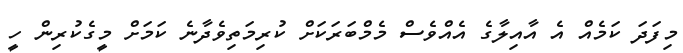
މިފަދަ ކަމެއް އެ އާއިލާގެ އެއްވެސް މެމްބަރަކަށް ކުރިމަތިވެދާނެ ކަމަށް މީގެކުރިން ހީ